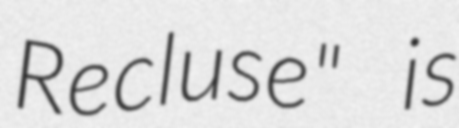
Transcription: Recluse" is